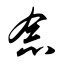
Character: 念